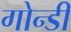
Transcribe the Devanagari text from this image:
गोन्डी